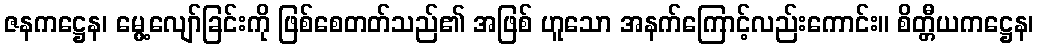
ဇနကဋ္ဌေန၊ မွေ့လျော်ခြင်းကို ဖြစ်စေတတ်သည်၏ အဖြစ် ဟူသော အနက်ကြောင့်လည်းကောင်း။ စိတ္တီယကဋ္ဌေန၊